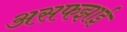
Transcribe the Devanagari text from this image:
असफझाई